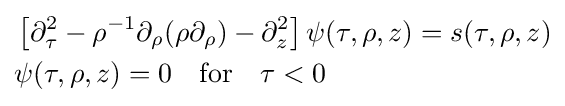
{\begin{aligned}&\left[\partial _{\tau }^{2}-\rho ^{-1}\partial _{\rho }(\rho \partial _{\rho })-\partial _{z}^{2}\right]\psi (\tau ,\rho ,z)=s(\tau ,\rho ,z)\\&\psi (\tau ,\rho ,z)=0\quad {\text{for}}\quad \tau <0\end{aligned}}